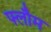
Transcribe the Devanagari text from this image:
फ्लौम